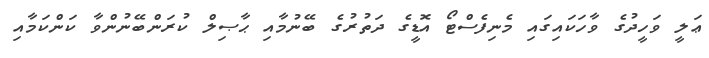
ޢަލީ ވަހީދުގެ ވާހަކައިގައި މެނިފެސްޓޯ އޮޑީގެ ދަތުރުގެ ބޭނުމާއި ޙާޞިލް ކުރަންބޭނުންވާ ކަންކަމާއި